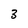
Character: 3